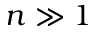
n \gg 1